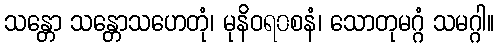
သန္တော သန္တောသဟေတုံ၊ မုနိဝရ၀စနံ၊ သောတုမဂ္ဂံ သမဂ္ဂါ။